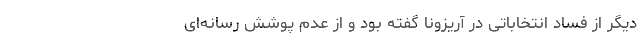
دیگر از فساد انتخاباتی در آریزونا گفته بود و از عدم پوشش رسانه‌ای